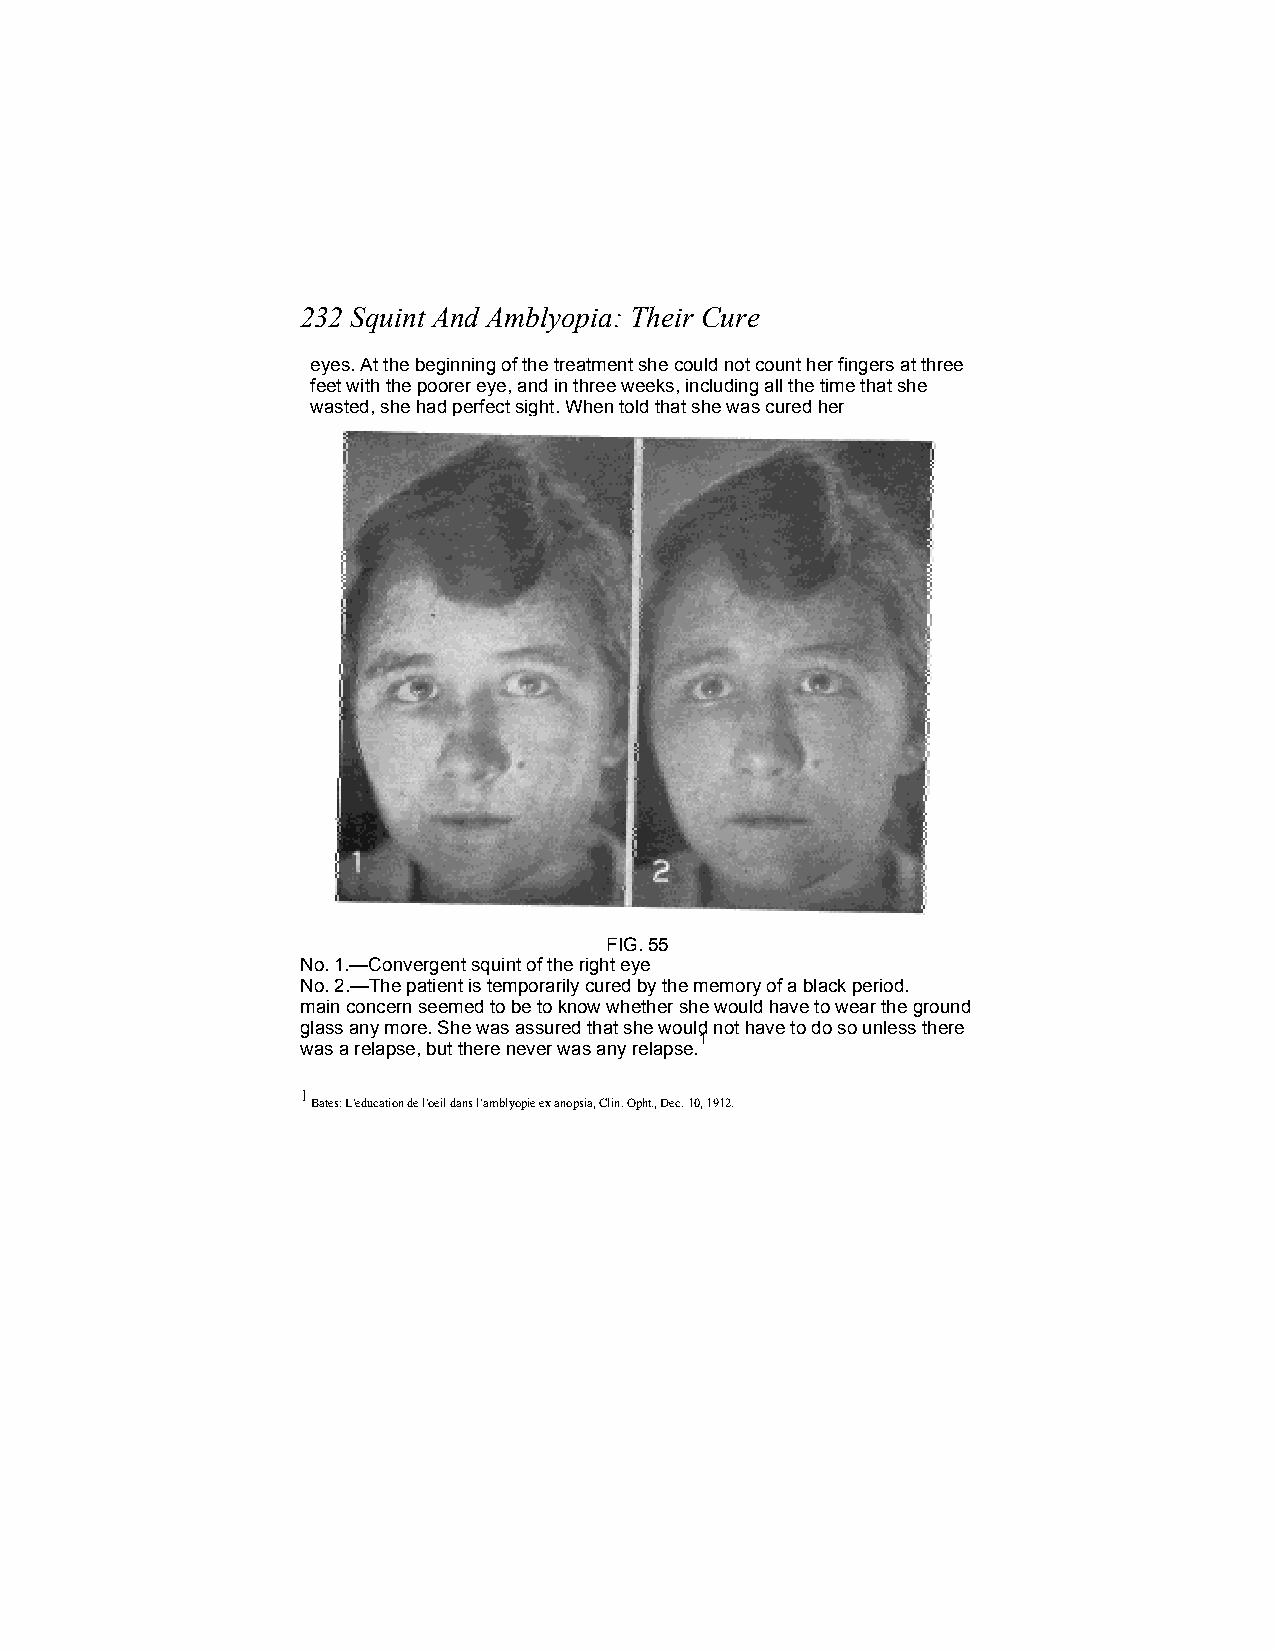
232 Squint And Amblyopia: Their Cure
 eyes. At the beginning of the treatment she could not count her fingers at three
 feet with the poorer eye, and in three weeks, including all the time that she
 wasted, she had perfect sight. When told that she was cured her
 FIG. 55
 No. 1.—Convergent squint of the right eye
 No. 2.—The patient is temporarily cured by the memory of a black period.
 main concern seemed to be to know whether she would have to wear the ground
 glass any more. She was assured that she would not have to do so unless there
 1
 was a relapse, but there never was any relapse.
 1
 Bates: L'education de l'oeil dans l’amblyopie ex anopsia, Clin. Opht., Dec. 10, 1912.